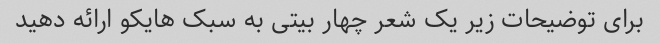
برای توضیحات زیر یک شعر چهار بیتی به سبک هایکو ارائه دهید